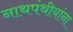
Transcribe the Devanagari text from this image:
नाथपंथीयांना